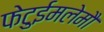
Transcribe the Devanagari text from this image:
फेटुईमलेमौ